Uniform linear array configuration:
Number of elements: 16
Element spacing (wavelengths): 0.75
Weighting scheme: hamming
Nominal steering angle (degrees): -30
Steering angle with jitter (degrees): -31.977
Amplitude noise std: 0.05
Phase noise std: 0.05

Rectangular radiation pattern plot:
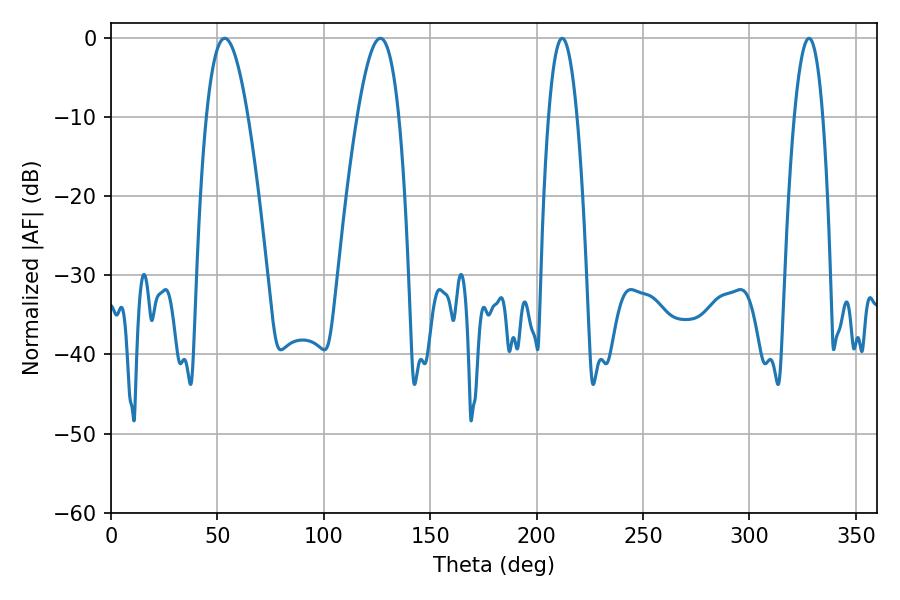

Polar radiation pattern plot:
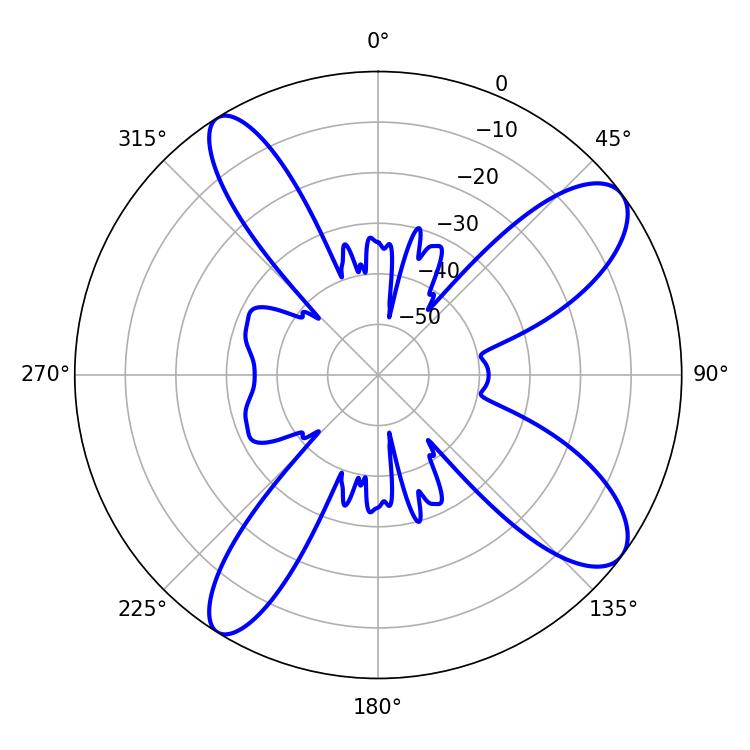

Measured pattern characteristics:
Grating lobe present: TRUE
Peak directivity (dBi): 10.526
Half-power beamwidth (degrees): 10.62
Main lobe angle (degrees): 53.46